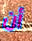
أن